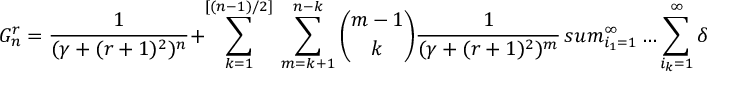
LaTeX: G _ { n } ^ { r } = \frac { 1 } { ( \gamma + ( r + 1 ) ^ { 2 } ) ^ { n } } + \sum _ { k = 1 } ^ { [ ( n - 1 ) / 2 ] } \ \sum _ { m = k + 1 } ^ { n - k } { \binom { m - 1 } { k } } \frac { 1 } { ( \gamma + ( r + 1 ) ^ { 2 } ) ^ { m } } \, s u m _ { i _ { 1 } = 1 } ^ { \infty } \ldots \sum _ { i _ { k } = 1 } ^ { \infty } \delta _ { i _ { 1 } + \ldots + i _ { k } , n - m } G _ { i _ { 1 } } ^ { r + 2 } \ldots G _ { i _ { k } } ^ { r + 2 }